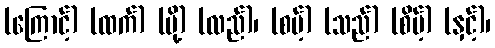
(ကြောင့်) (ထက်) (မို့) (လည်)၊ (စမ့်) (သည်) (စိမ့်) (နှင့်)၊